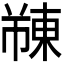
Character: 𫉓